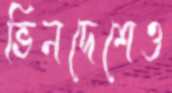
ভিনদেশেও